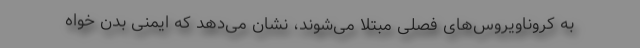
به کروناویروس‌های فصلی مبتلا می‌شوند، نشان می‌دهد که ایمنی بدن خواه